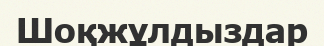
Шоқжұлдыздар